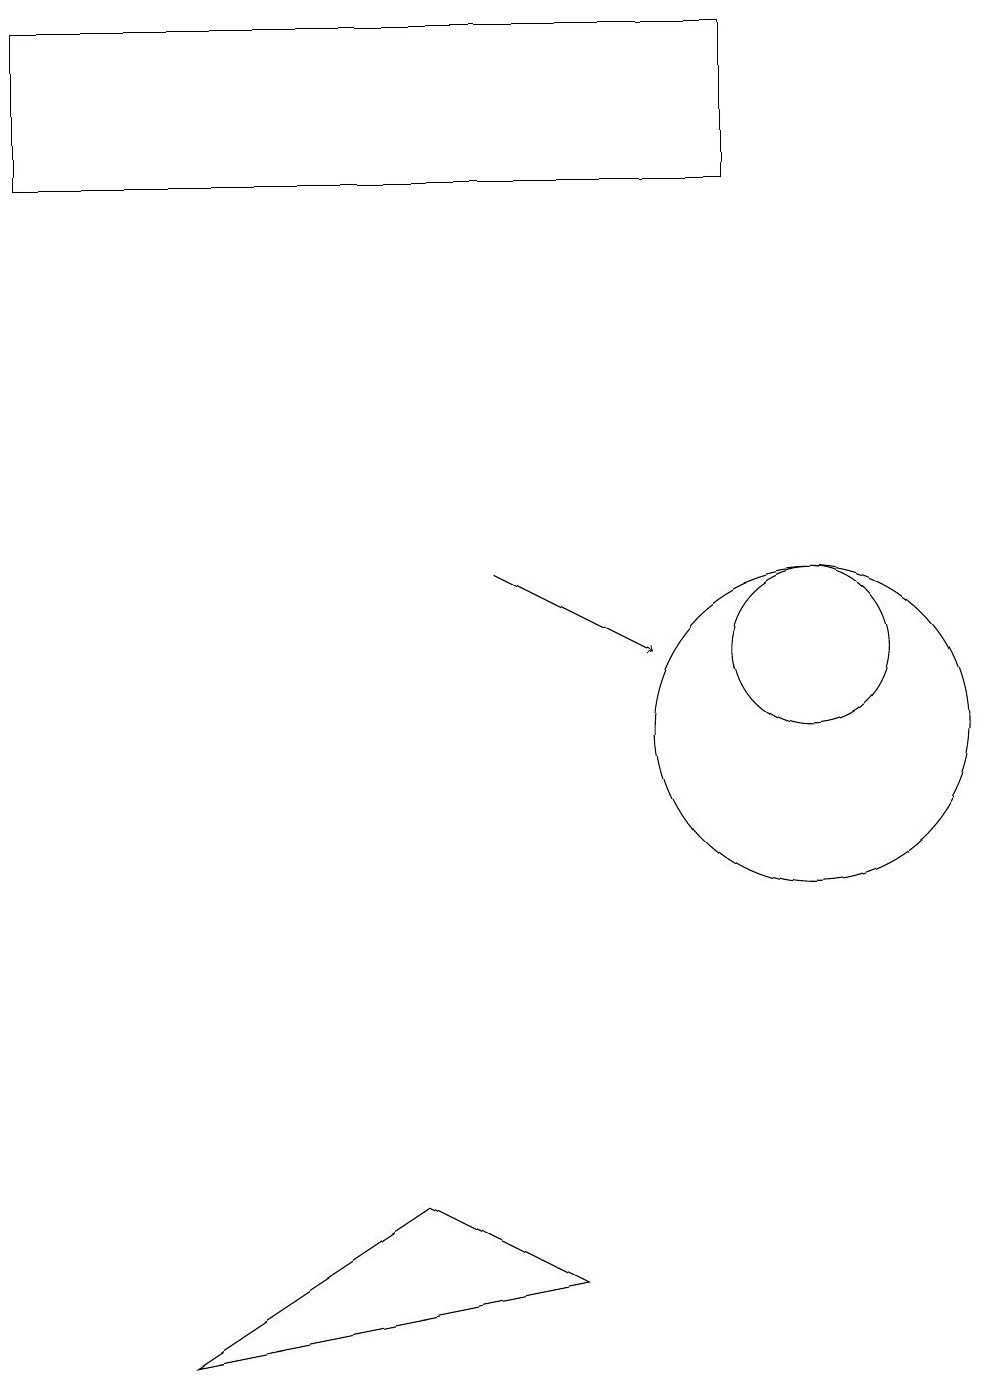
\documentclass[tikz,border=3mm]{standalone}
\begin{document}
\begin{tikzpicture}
\draw (10,10) circle (2);
\draw (10,11) circle (1);
\draw (7,3) -- (2,2) -- (5,4) -- cycle;
\draw (9,19) rectangle (0,17);
\draw[->] (6,12) -- (8,11);
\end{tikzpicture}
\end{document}